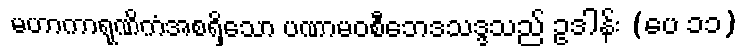
မဟာကာရုဏိကံအစရှိသော ပဏာမဝစီဘေဒသဒ္ဒသည် ဥဒါန်း (ပေ ၁၁)